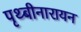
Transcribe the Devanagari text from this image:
पृथ्बीनारायन